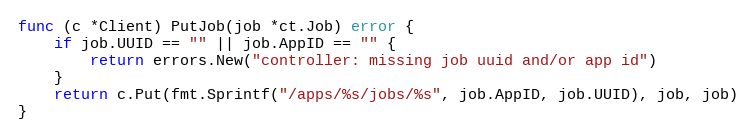
Language: Go
func (c *Client) PutJob(job *ct.Job) error {
	if job.UUID == "" || job.AppID == "" {
		return errors.New("controller: missing job uuid and/or app id")
	}
	return c.Put(fmt.Sprintf("/apps/%s/jobs/%s", job.AppID, job.UUID), job, job)
}